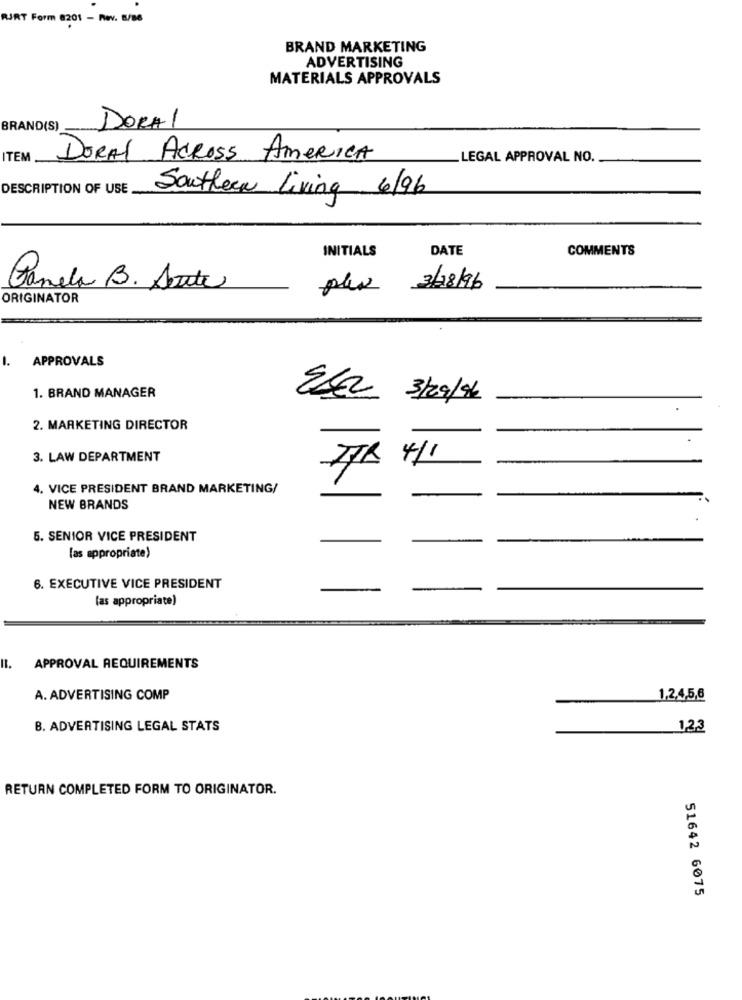
RJRT Form 8201 - Rev. 8/86
BRAND MARKETING
ADVERTISING
MATERIALS APPROVALS
BRAND(S)
DORA1
ITEM
DORAL ACROSS AMERICA
LEGAL APPROVAL NO.
DESCRIPTION OF USE
Southern Living 6/96
INITIALS
DATE
COMMENTS
Pamela B. Aeste
plex 3/28/96
ORIGINATOR
APPROVALS
1. BRAND MANAGER
ELE2 3/29/96
2. MARKETING DIRECTOR
-
3. LAW DEPARTMENT
4. VICE PRESIDENT BRAND MARKETING/
NEW BRANDS
5. SENIOR VICE PRESIDENT
[as appropriate)
6. EXECUTIVE VICE PRESIDENT
-
(as appropriate)
APPROVAL REQUIREMENTS
A. ADVERTISING COMP
1,2,4,5,6
-
B. ADVERTISING LEGAL STATS
1,2,3
RETURN COMPLETED FORM TO ORIGINATOR.
51642 6075